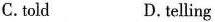
C. told D.telling